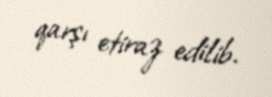
qarşı etiraz edilib.